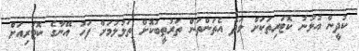
ކުދީން އުޅުނު ކޮޓަރިތަކަށް ވަދެ އެތަންތަން ތަރުތީބުކޮށް ތަޅުލުމަށް ފަހު އޭނާގެ ކޮޓަރިއަށް